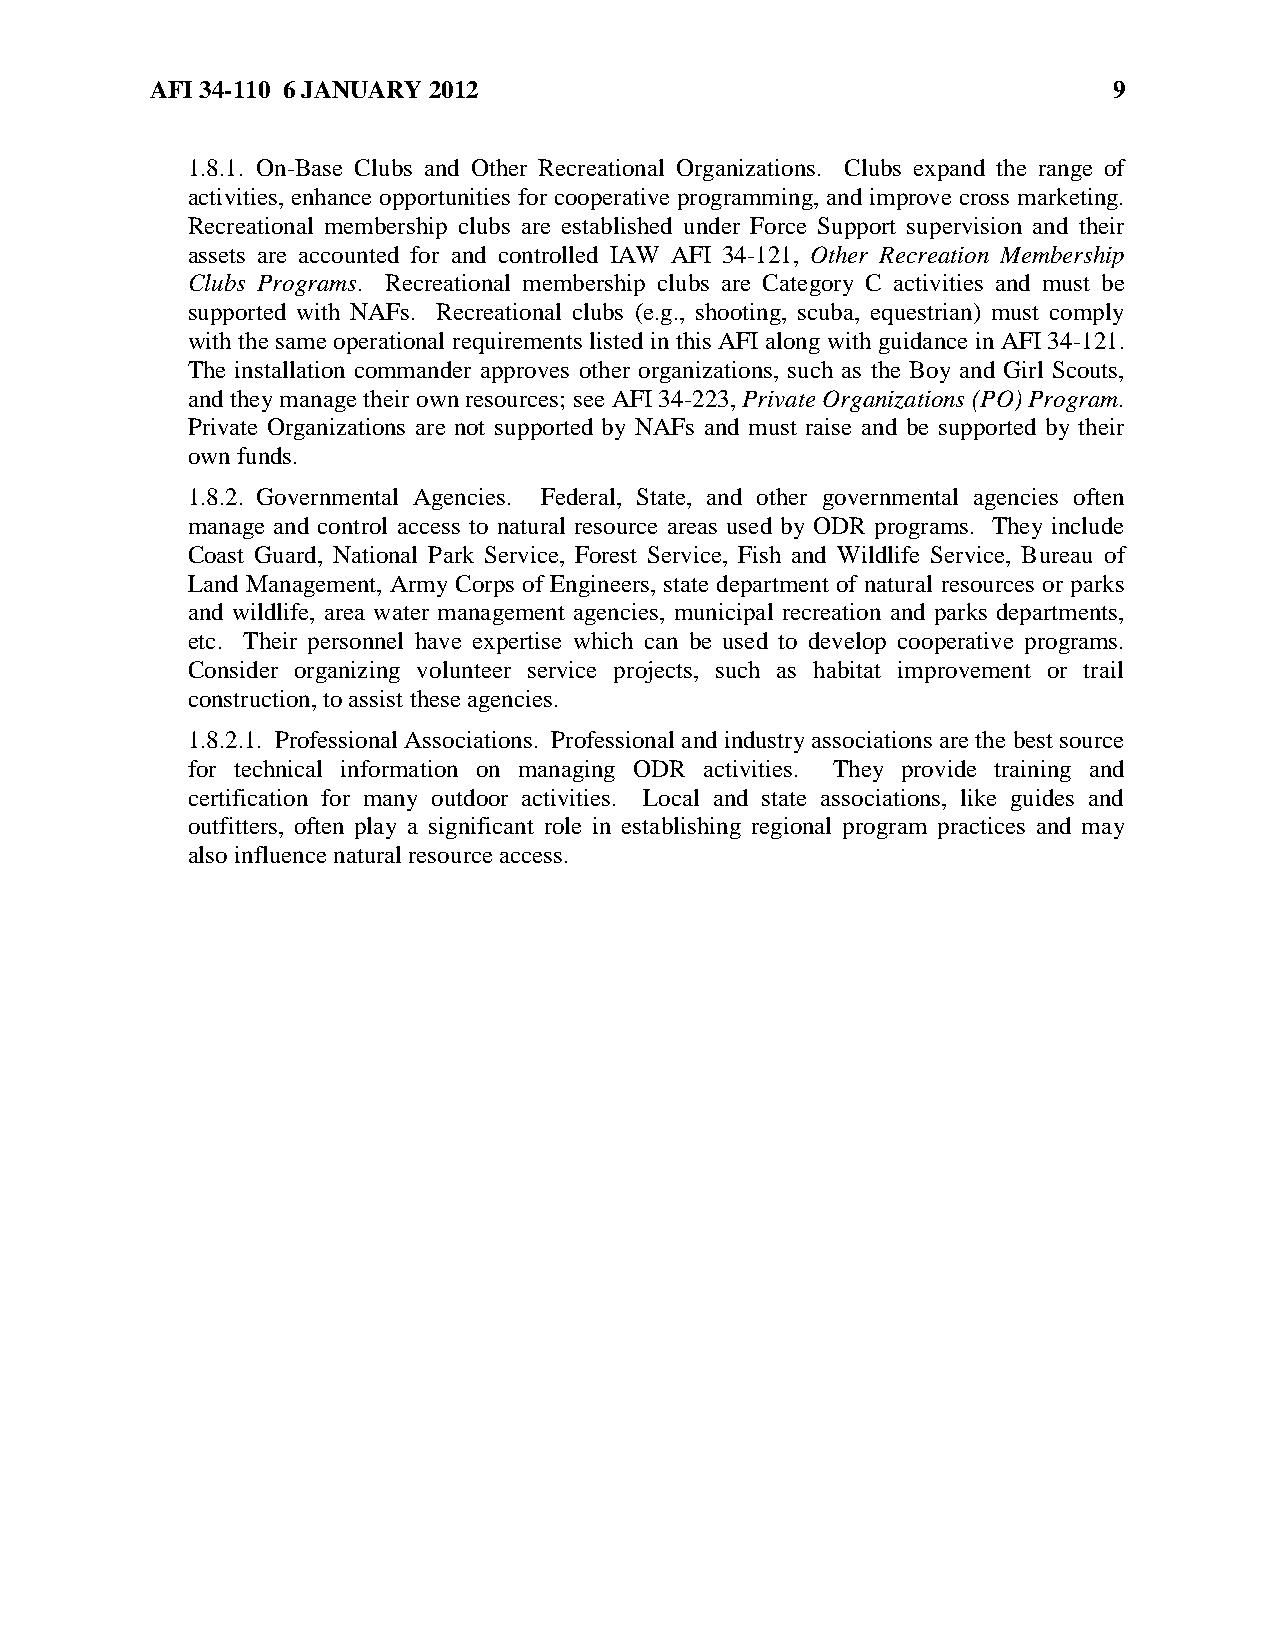
AFI 34-110 6 JANUARY 2012                                       9
 1.8.1. On-Base Clubs and Other Recreational Organizations. Clubs expand the range of
 activities, enhance opportunities for cooperative programming, and improve cross marketing.
 Recreational membership clubs are established under Force Support supervision and their
 assets are accounted for and controlled IAW AFI 34-121, Other Recreation Membership
 Clubs Programs. Recreational membership clubs are Category C activities and must be
 supported with NAFs. Recreational clubs (e.g., shooting, scuba, equestrian) must comply
 with the same operational requirements listed in this AFI along with guidance in AFI 34-121.
 The installation commander approves other organizations, such as the Boy and Girl Scouts,
 and they manage their own resources; see AFI 34-223, Private Organizations (PO) Program.
 Private Organizations are not supported by NAFs and must raise and be supported by their
 own funds.
 1.8.2. Governmental Agencies. Federal, State, and other governmental agencies often
 manage and control access to natural resource areas used by ODR programs. They include
 Coast Guard, National Park Service, Forest Service, Fish and Wildlife Service, Bureau of
 Land Management, Army Corps of Engineers, state department of natural resources or parks
 and wildlife, area water management agencies, municipal recreation and parks departments,
 etc. Their personnel have expertise which can be used to develop cooperative programs.
 Consider organizing volunteer service projects, such as habitat improvement or trail
 construction, to assist these agencies.
 1.8.2.1. Professional Associations. Professional and industry associations are the best source
 for technical information on managing ODR activities. They provide training and
 certification for many outdoor activities. Local and state associations, like guides and
 outfitters, often play a significant role in establishing regional program practices and may
 also influence natural resource access.